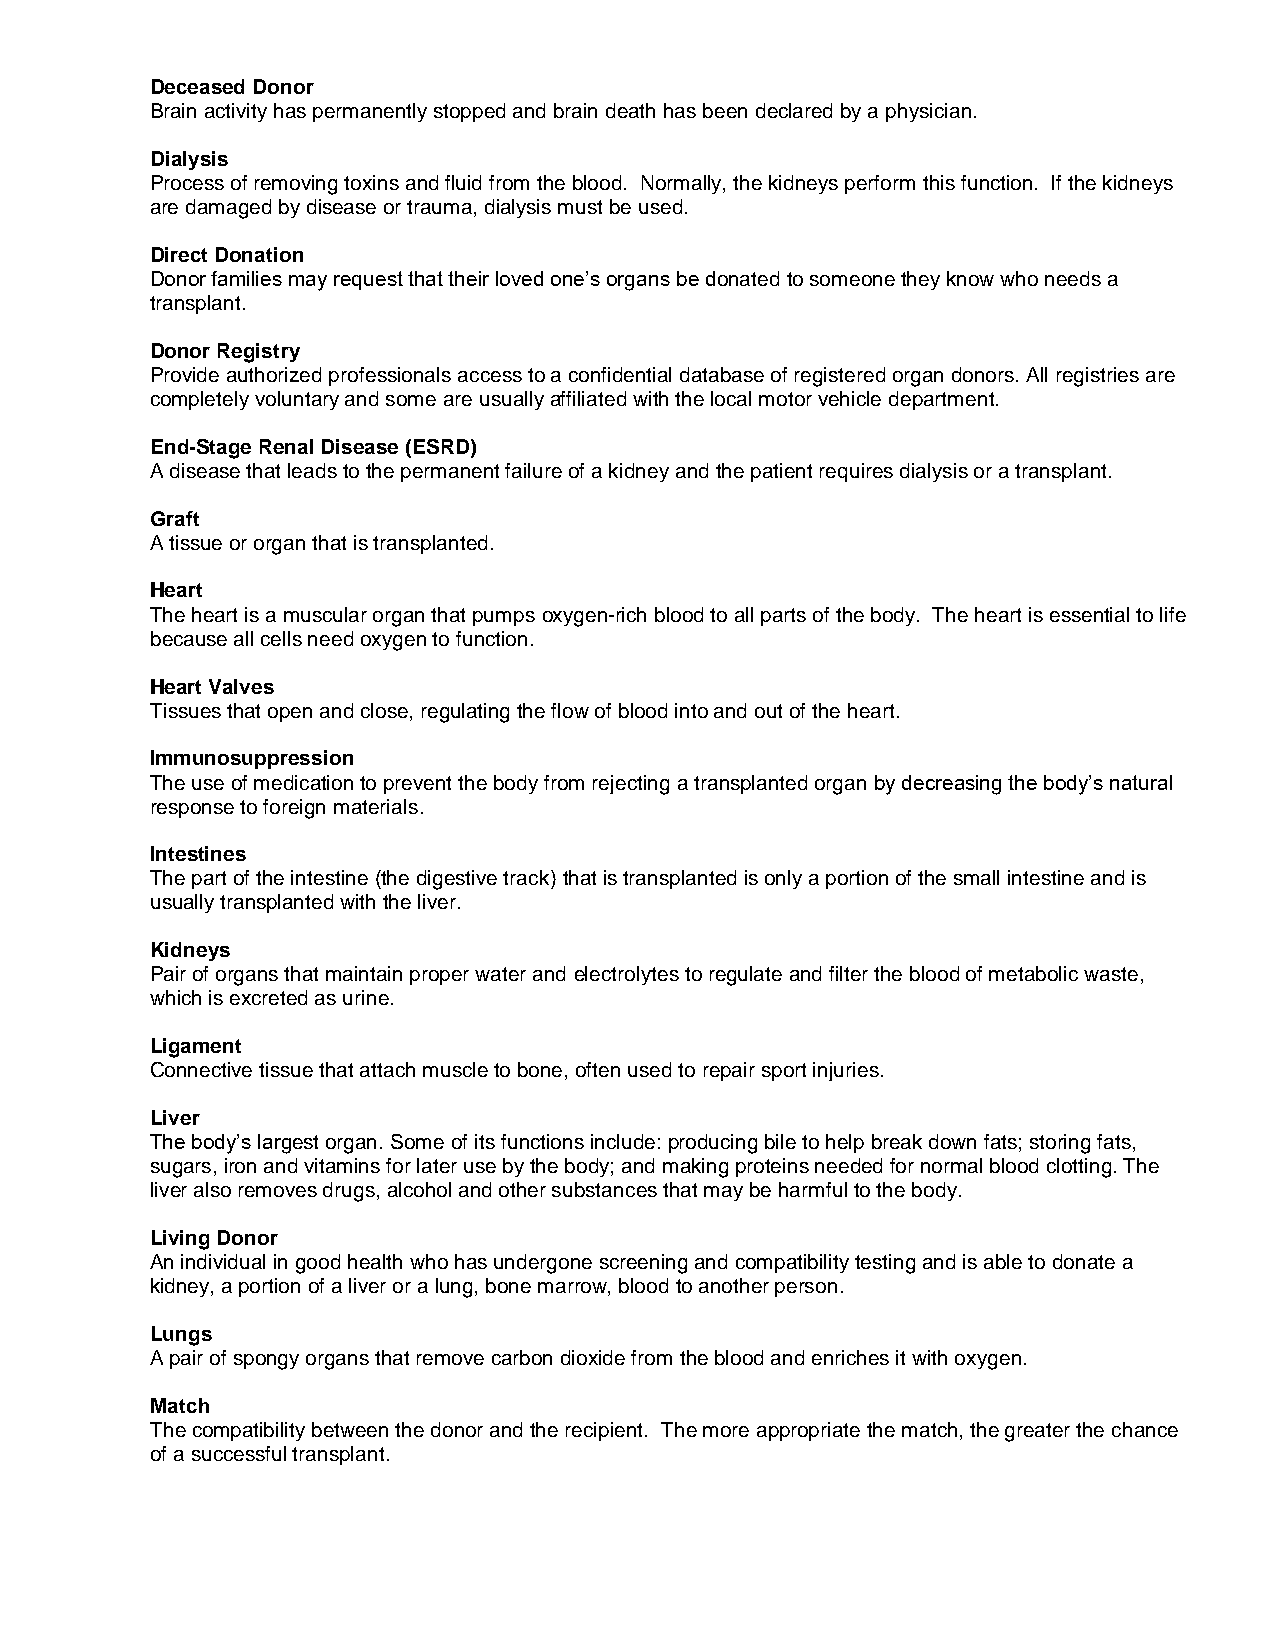
Deceased Donor
 Brain activity has permanently stopped and brain death has been declared by a physician.
 Dialysis
 Process of removing toxins and fluid from the blood. Normally, the kidneys perform this function. If the kidneys
 are damaged by disease or trauma, dialysis must be used.
 Direct Donation
 Donor families may request that their loved one’s organs be donated to someone they know who needs a
 transplant.
 Donor Registry
 Provide authorized professionals access to a confidential database of registered organ donors. All registries are
 completely voluntary and some are usually affiliated with the local motor vehicle department.
 End-Stage Renal Disease (ESRD)
 A disease that leads to the permanent failure of a kidney and the patient requires dialysis or a transplant.
 Graft
 A tissue or organ that is transplanted.
 Heart
 The heart is a muscular organ that pumps oxygen-rich blood to all parts of the body. The heart is essential to life
 because all cells need oxygen to function.
 Heart Valves
 Tissues that open and close, regulating the flow of blood into and out of the heart.
 Immunosuppression
 The use of medication to prevent the body from rejecting a transplanted organ by decreasing the body’s natural
 response to foreign materials.
 Intestines
 The part of the intestine (the digestive track) that is transplanted is only a portion of the small intestine and is
 usually transplanted with the liver.
 Kidneys
 Pair of organs that maintain proper water and electrolytes to regulate and filter the blood of metabolic waste,
 which is excreted as urine.
 Ligament
 Connective tissue that attach muscle to bone, often used to repair sport injuries.
 Liver
 The body’s largest organ. Some of its functions include: producing bile to help break down fats; storing fats,
 sugars, iron and vitamins for later use by the body; and making proteins needed for normal blood clotting. The
 liver also removes drugs, alcohol and other substances that may be harmful to the body.
 Living Donor
 An individual in good health who has undergone screening and compatibility testing and is able to donate a
 kidney, a portion of a liver or a lung, bone marrow, blood to another person.
 Lungs
 A pair of spongy organs that remove carbon dioxide from the blood and enriches it with oxygen.
 Match
 The compatibility between the donor and the recipient. The more appropriate the match, the greater the chance
 of a successful transplant.